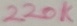
Text: 220K